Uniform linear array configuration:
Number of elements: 16
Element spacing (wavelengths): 0.5
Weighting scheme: kaiser
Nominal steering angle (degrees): -45
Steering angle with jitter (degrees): -43.29
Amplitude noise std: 0.05
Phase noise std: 0.05

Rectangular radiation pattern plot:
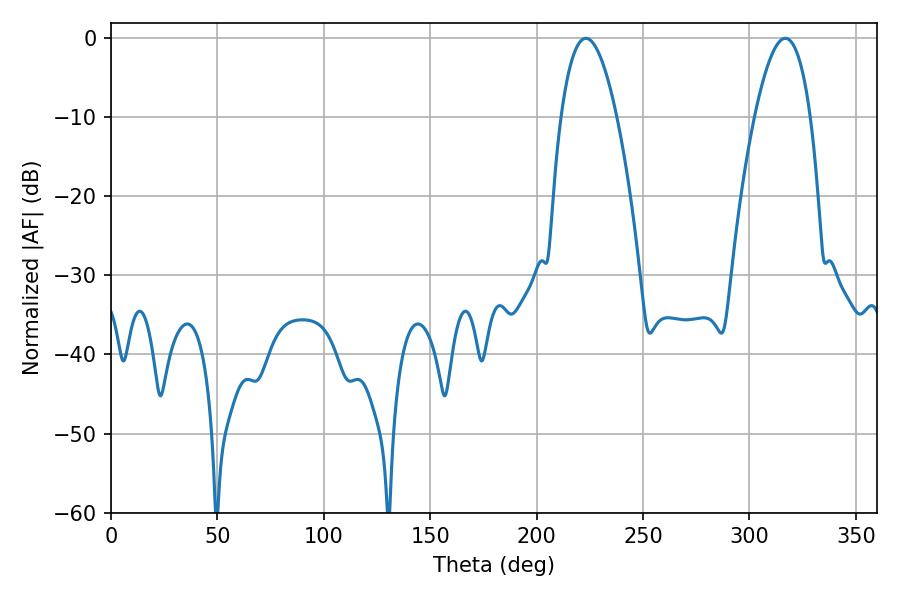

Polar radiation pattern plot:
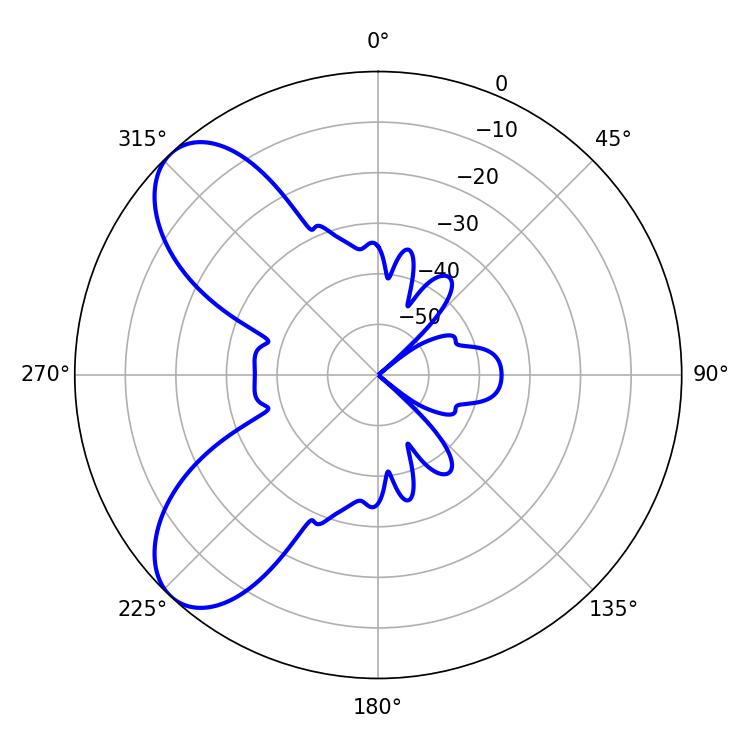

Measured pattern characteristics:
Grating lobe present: FALSE
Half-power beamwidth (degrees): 14.4
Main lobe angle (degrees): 223.2